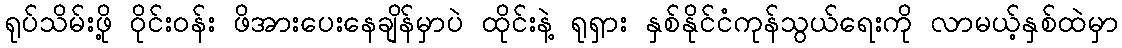
ရုပ်သိမ်းဖို့ ဝိုင်းဝန်း ဖိအားပေးနေချိန်မှာပဲ ထိုင်းနဲ့ ရုရှား နှစ်နိုင်ငံကုန်သွယ်ရေးကို လာမယ့်နှစ်ထဲမှာ